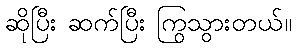
ဆိုပြီး ဆက်ပြီး ကြွသွားတယ်။